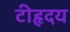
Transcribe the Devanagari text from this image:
टीहृदय